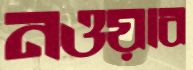
নওয়াব